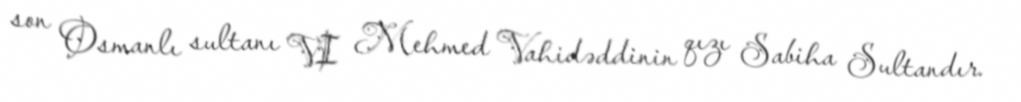
son Osmanlı sultanı VI Mehmed Vahidəddinin qızı Sabiha Sultandır.